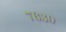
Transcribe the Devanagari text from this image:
७६३९